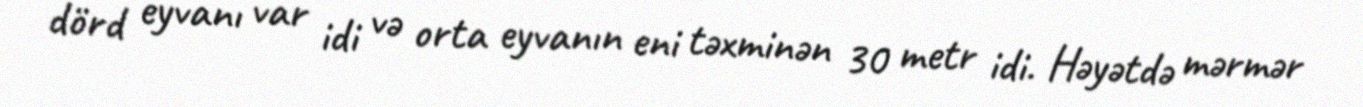
dörd eyvanı var idi və orta eyvanın eni təxminən 30 metr idi. Həyətdə mərmər